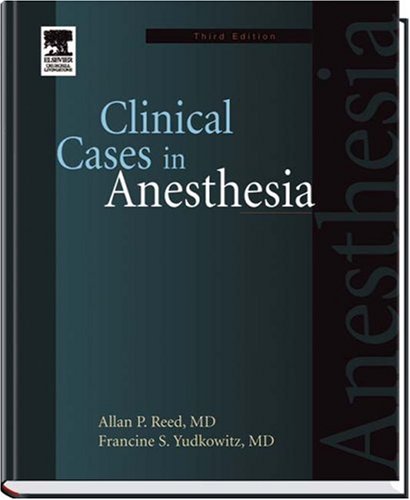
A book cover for Clinical Cases in Anesthesia: Expert Consult - Online and Print, 3e; Allan P. Reed MD; Medical Books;